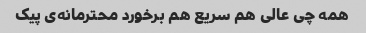
همه چی عالی هم سریع هم برخورد محترمانه‌ی پیک